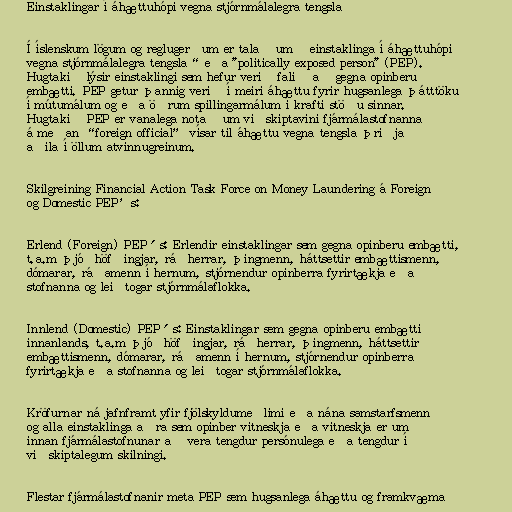
Einstaklingar í áhættuhópi vegna stjórnmálalegra tengsla

Í íslenskum lögum og reglugerðum er talað um „einstaklinga í áhættuhópi
vegna stjórnmálalegra tengsla“ eða "politically exposed person" (PEP).
Hugtakið lýsir einstaklingi sem hefur verið falið að gegna opinberu
embætti. PEP getur þannig verið í meiri áhættu fyrir hugsanlega þátttöku
í mútumálum og eða öðrum spillingarmálum í krafti stöðu sinnar.
Hugtakið PEP er vanalega notað um viðskiptavini fjármálastofnanna
á meðan “foreign official” vísar til áhættu vegna tengsla þriðja
aðila í öllum atvinnugreinum.

Skilgreining Financial Action Task Force on Money Laundering á Foreign
og Domestic PEP’s:

Erlend (Foreign) PEP´s: Erlendir einstaklingar sem gegna opinberu embætti,
t.a.m þjóðhöfðingjar, ráðherrar, þingmenn, háttsettir embættismenn,
dómarar, ráðamenn í hernum, stjórnendur opinberra fyrirtækja eða
stofnanna og leiðtogar stjórnmálaflokka.

Innlend (Domestic) PEP´s: Einstaklingar sem gegna opinberu embætti
innanlands, t.a.m þjóðhöfðingjar, ráðherrar, þingmenn, háttsettir
embættismenn, dómarar, ráðamenn í hernum, stjórnendur opinberra
fyrirtækja eða stofnanna og leiðtogar stjórnmálaflokka.

Kröfurnar ná jafnframt yfir fjölskyldumeðlimi eða nána samstarfsmenn
og alla einstaklinga aðra sem opinber vitneskja eða vitneskja er um
innan fjármálastofnunar að vera tengdur persónulega eða tengdur í
viðskiptalegum skilningi.

Flestar fjármálastofnanir meta PEP sem hugsanlega áhættu og framkvæma